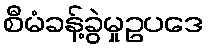
စီမံခန့်ခွဲမှုဥပဒေ